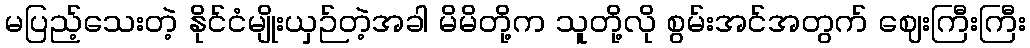
မပြည့်သေးတဲ့ နိုင်ငံမျိုးယှဉ်တဲ့အခါ မိမိတို့က သူတို့လို စွမ်းအင်အတွက် ဈေးကြီးကြီး